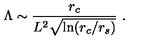
\Lambda \sim \frac { r _ { c } } { L ^ { 2 } \sqrt { \ln ( r _ { c } / r _ { s } ) } } \ .